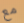
مع